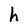
Character: h